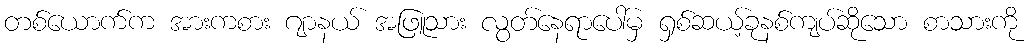
တစ်ယောက်က အားကစား ဂျာနယ် အဖြူသား လွတ်နေရာပေါ်မှ ရှစ်ဆယ့်ခုနစ်ကျပ်ဆိုသော စာသားကို